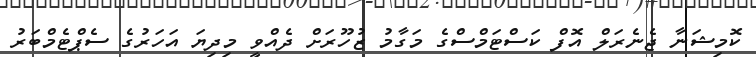
ކޮމިޝަނާ ޖެނެރަލް އޮފް ކަސްޓަމްސްގެ މަގާމު ޒުހޫރަށް ދެއްވީ މިދިޔަ އަހަރުގެ ސެޕްޓެމްބަރު